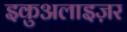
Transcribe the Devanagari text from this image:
इकुअलाइज़र